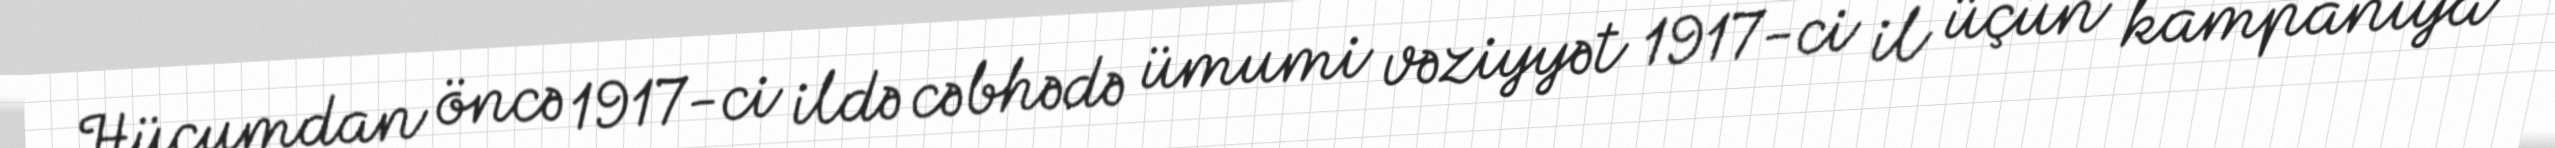
Hücumdan öncə 1917-ci ildə cəbhədə ümumi vəziyyət 1917-ci il üçün kampaniya